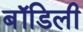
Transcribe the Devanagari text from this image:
बॉडिली